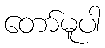
တော်မူပါ